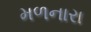
મળનારા